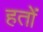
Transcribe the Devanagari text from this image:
हतों